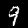
Digit: 9